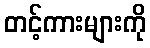
တင့်ကားများကို